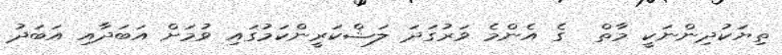
ތިޔަކުދިންނަކީ މާތް  ގެ އެންމެ ވަރުގަދަ ލަޝްކަރީންކަމުގައި ވުމަށް އަބަދާއި އަބަދު